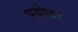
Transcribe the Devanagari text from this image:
पयोधर